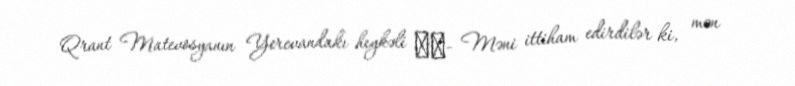
Qrant Matevosyanın Yerevandakı heykəli ​​- Məni ittiham edirdilər ki, mən